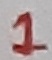
Text: 1